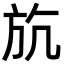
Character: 斻